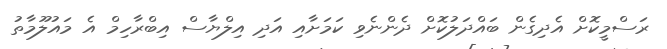
ރަސްމީކޮށް އެދިގެން ބައްދަލުކޮށް ދެންނެވި ކަމަށާއި އަދި އިލްޔާސް އިބްރާހިމް އެ މައުލޫމާތު